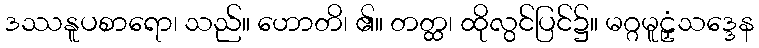
ဒဿနူပစာရော၊ သည်။ ဟောတိ၊ ၏။ တတ္ထ၊ ထိုလွင်ပြင်၌။ မဂ္ဂမူဠှံသဒ္ဒေန